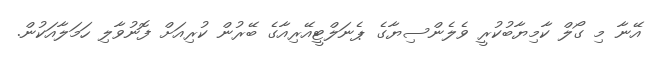
އޭނާ މި ގޯލް ކާމިޔާބުކުރީ ވެލެންސިޔާގެ ޕެނަލްޓީއޭރިއާގެ ބޭރުން ކުރިއަށް ފޮނުވާލި ހަމަލާއަކުން.